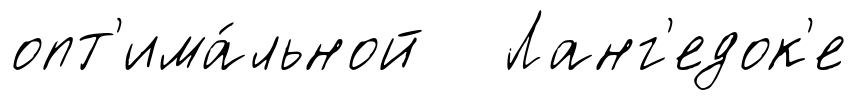
опт'има́льной Ланг'едок'е